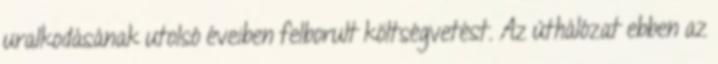
uralkodásának utolsó éveiben felborult költségvetést. Az úthálózat ebben az